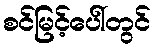
စင်မြင့်ပေါ်တွင်